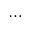
\dots